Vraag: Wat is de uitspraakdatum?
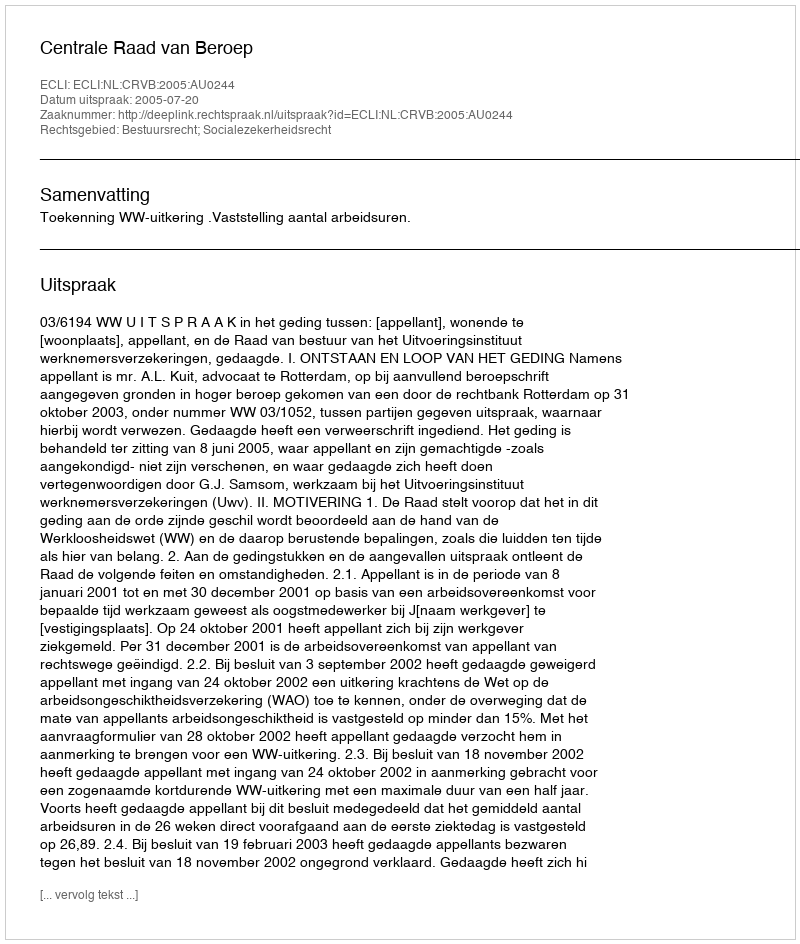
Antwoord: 2005-07-20